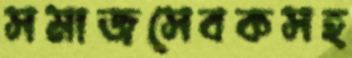
সমাজসেবকসহ